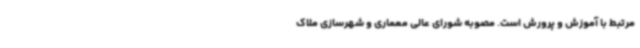
مرتبط با آموزش ‌و پرورش است.‌ مصوبه شورای عالی معماری و شهرسازی ملاک